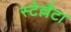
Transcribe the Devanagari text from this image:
स्टेल्लैटा